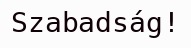
Szabadság!